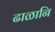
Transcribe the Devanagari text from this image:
ढाळानि